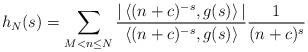
LaTeX: \begin{gather*}h_N(s)= \sum_{M<n \leq N} \frac{|\left\langle (n+c)^{-s}, g(s) \right\rangle|}{\left\langle (n+c)^{-s}, g(s) \right\rangle} \frac{1}{(n+c)^s}\end{gather*}